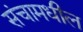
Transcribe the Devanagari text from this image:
संचामधील